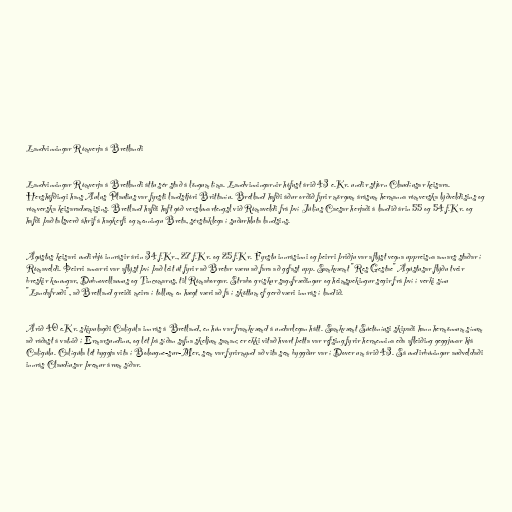
Landvinningar Rómverja á Bretlandi

Landvinningar Rómverja á Bretlandi áttu sér stað á löngum tíma. Landvinningarnir hófust árið 43 e.Kr. undir stjórn Claudíusar keisara.
Hershöfðingi hans Aulus Plautius var fyrsti landstjóri Brittaníu. Bretland hafði áður orðið fyrir mörgum árásum hermanna rómverska lýðveldisins og
rómverska keisaradæmisins. Bretland hafði haft góð verslunartengsl við Rómaveldi frá því Júlíus Caesar herjaði á landið árin 55 og 54 f.Kr. og
hafði það talsverð áhrif á hagkerfi og menningu Breta, sérstaklega í suðurhluta landsins.

Ágústus keisari undirbjó innrásir árin 34 f.Kr., 27 f.Kr. og 25 f.Kr. Fyrstu innrásinni og þeirri þriðju var aflýst vegna uppreisna annars staðar í
Rómaveldi. Þeirri annarri var aflýst því það leit út fyrir að Bretar væru að fara að gefast upp. Samkvæmt "Res Gestae" Ágústusar flýðu tveir
breskir konungar, Dubnovellaunus og Tincomarus, til Rómaborgar. Strabo grískur sagnfræðingur og heimspekingur segir frá því í verki sínu
"Landafræði", að Bretland greiði meira í tollum en hægt væri að fá í sköttum ef gerð væri innrás í landið.

Árið 40 e.Kr. skipulagði Calígúla innrás á Bretland, en hún var framkvæmd á undarlegan hátt. Samkvæmt Súetóníusi skipaði hann hermönnum sínum
að ráðast á vatnið í Ermarsundinu, og lét þá síðan safna skeljum saman; er ekki vitað hvort þetta var refsing fyrir hermennina eða afleiðing geggjunar hjá
Calígúlu. Calígúla lét byggja vita í Bolougne-sur-Mer, sem var fyrirmynd að vita sem byggður var í Dover um árið 43. Sá undirbúningur auðveldaði
innrás Claudíusar þremur árum síðar.